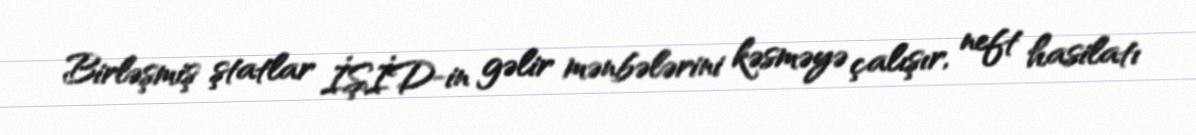
Birləşmiş ştatlar İŞİD-in gəlir mənbələrini kəsməyə çalışır, neft hasilatı